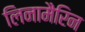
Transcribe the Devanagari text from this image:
लिनामैरिन